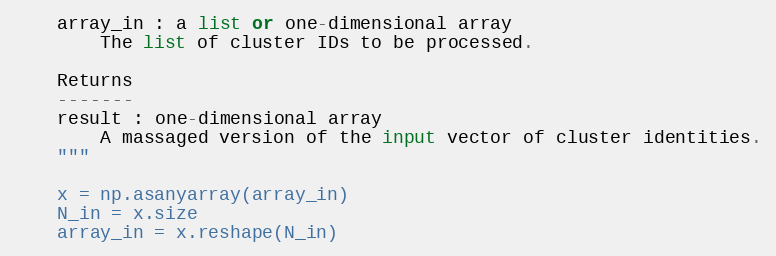
Language: Python
    array_in : a list or one-dimensional array
        The list of cluster IDs to be processed.

    Returns
    -------
    result : one-dimensional array
        A massaged version of the input vector of cluster identities.
    """

    x = np.asanyarray(array_in)
    N_in = x.size
    array_in = x.reshape(N_in)